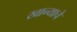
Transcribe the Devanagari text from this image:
खान्याचे